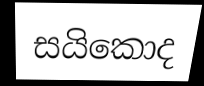
සයිකොද